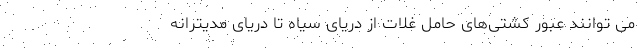
می توانند عبور کشتی‌های حامل غلات از دریای سیاه تا دریای مدیترانه